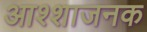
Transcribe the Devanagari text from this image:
आश्शाजनक